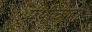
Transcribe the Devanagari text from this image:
ग्रंथीचाही